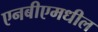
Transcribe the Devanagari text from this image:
एनबीएमधील